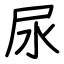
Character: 尿